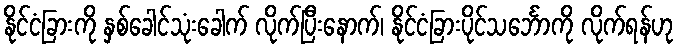
နိုင်ငံခြားကို နှစ်ခေါင်သုံးခေါက် လိုက်ပြီးနောက်၊ နိုင်ငံခြားပိုင်သင်္ဘောကို လိုက်ရန်ဟု